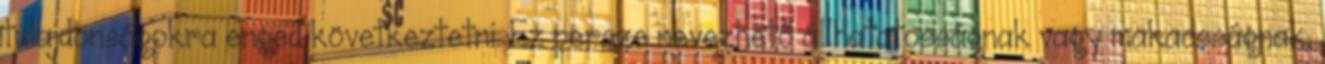
tulajdonságokra enged következtetni. Ez persze nevezhető állhatatosságnak vagy makacsságnak,